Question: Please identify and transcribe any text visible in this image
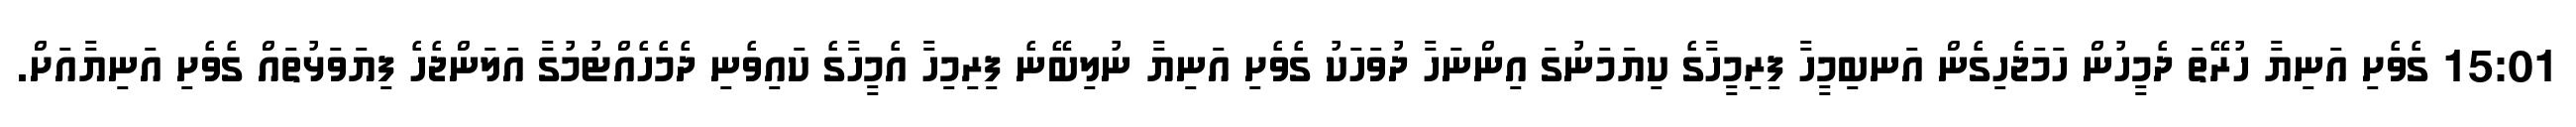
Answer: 15:01 ގެވެށި އަނިޔާ ހުރޭތަ ދެމީހުން ހަމަޖެހިގެން އަނބިމީހާ ފިރިމީހާގެ ކިޔަމަނުގަ އިންނަހާ ދުވަހަކު ގެވެށި އަނިޔާ ނުލިބޭނެ ފިރިމިހާ އެމީހާގެ ކައިވެނި ދެމެހެއްޓުމުގާ އަލަންޖެހެ ފިޔަވަޅުތައް ގެވެށި އަނިޔާއަށް.